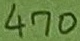
Text: 470